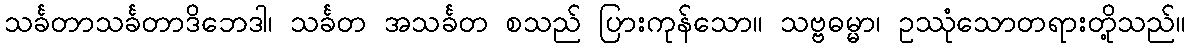
သင်္ခတာသင်္ခတာဒိဘေဒါ၊ သင်္ခတ အသင်္ခတ စသည် ပြားကုန်သော။ သဗ္ဗဓမ္မာ၊ ဥဿုံသောတရားတို့သည်။